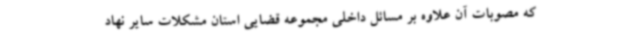
که مصوبات آن علاوه بر مسائل داخلی مجموعه قضایی استان مشکلات سایر نهاد